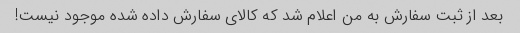
بعد از ثبت سفارش به من اعلام شد که کالای سفارش داده شده موجود نیست!